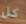
كل